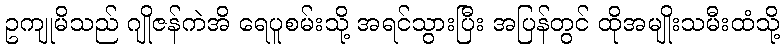
ဥကျုမိသည် ဂျိုဇန်ကဲအိ ရေပူစမ်းသို့ အရင်သွားပြီး အပြန်တွင် ထိုအမျိုးသမီးထံသို့